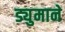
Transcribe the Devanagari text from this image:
ड्युमाने